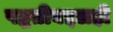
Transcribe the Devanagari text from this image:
पद्धतीबद्दलही